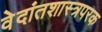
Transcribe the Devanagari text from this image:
वेदांतशास्त्रपरक